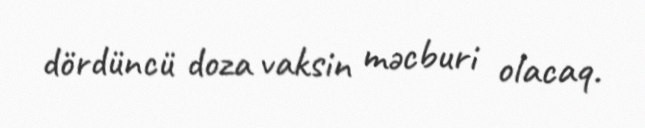
dördüncü doza vaksin məcburi olacaq.